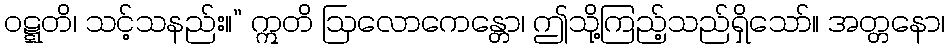
ဝဋ္ဋတိ၊ သင့်သနည်း။” ဣတိ ဩလောကေန္တော၊ ဤသို့ကြည့်သည်ရှိသော်။ အတ္တနော၊